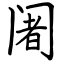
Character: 阇